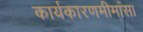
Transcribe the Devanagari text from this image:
कार्यकारणमीमांसा